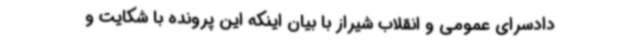
دادسرای عمومی و انقلاب شیراز با بیان اینکه این پرونده با شکایت و